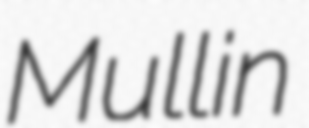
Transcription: Mullin